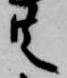
共